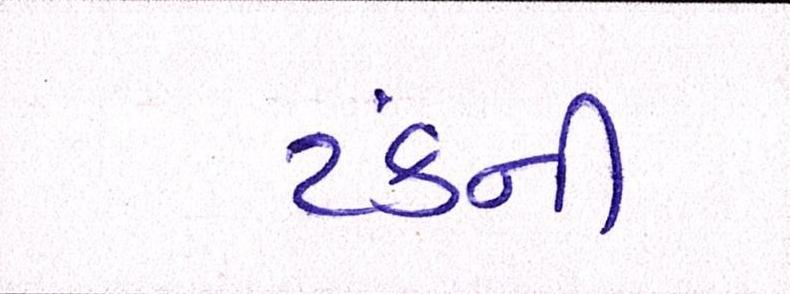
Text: ટંકની